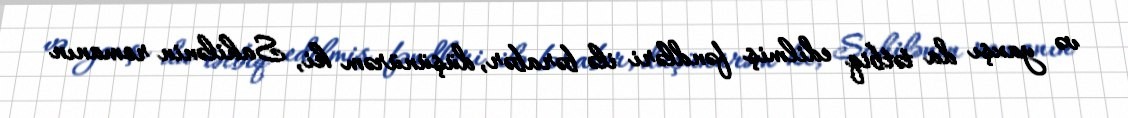
və yaxşı da tətbiq edilmiş fəndləri ilə bərabər, düşünürəm ki, Sahilənin romanın